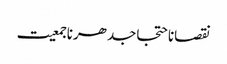
نقصاناحتجاجدھرناجمعیت